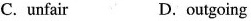
C. unfair D. outgoing